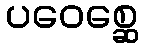
ပဝေစ္ဆေ